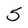
Character: 5